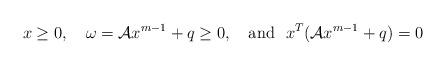
LaTeX: \begin{align*} x\geq 0, ~~~\omega=\mathcal{A}x^{m-1} + q\geq 0, ~~~\mbox{and}~~ x^{T}(\mathcal{A}x^{m-1}+q)=0\end{align*}